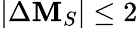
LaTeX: |\Delta\mathbf{M}_{S}|\le2